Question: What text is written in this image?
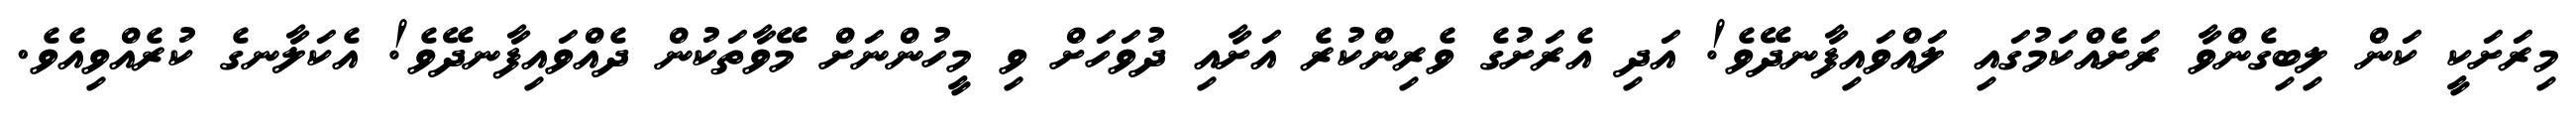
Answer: މިރަށަކީ ކަން ލިބިގެންވާ ރަށެއްކަމުގައި ލައްވައިފާނދޭވެ! އަދި އެރަށުގެ ވެރިންކުރެ އަށާއި ދުވަހަށް ވި މީހުންނަށް މޭވާތަކުން ދެއްވައިފާނދޭވެ! އެކަލާނގެ ކުރެއްވިއެވެ.